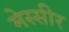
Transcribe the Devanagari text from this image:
मेस्सीर